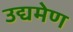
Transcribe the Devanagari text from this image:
उद्यमेण